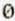
0